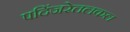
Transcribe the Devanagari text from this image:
पदिंजरेतलकल